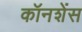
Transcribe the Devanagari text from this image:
कॉनशेंस